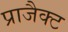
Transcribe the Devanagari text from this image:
प्राजैक्ट